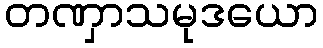
တဏှာသမုဒယော